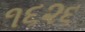
૧૬૨૬